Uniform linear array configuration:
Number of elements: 4
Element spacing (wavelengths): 1
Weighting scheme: exponential
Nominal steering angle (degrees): -15
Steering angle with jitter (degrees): -15.646
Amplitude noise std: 0.05
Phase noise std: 0.05

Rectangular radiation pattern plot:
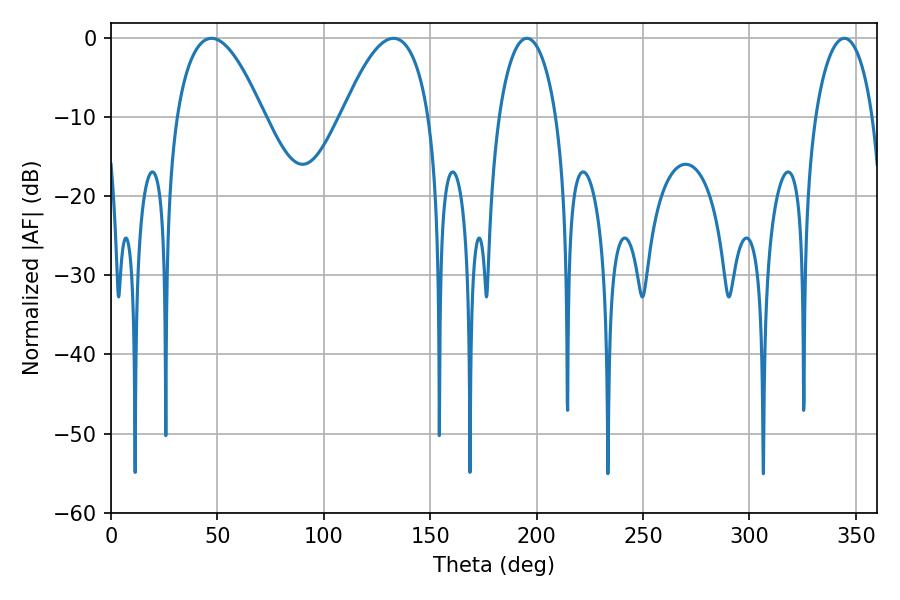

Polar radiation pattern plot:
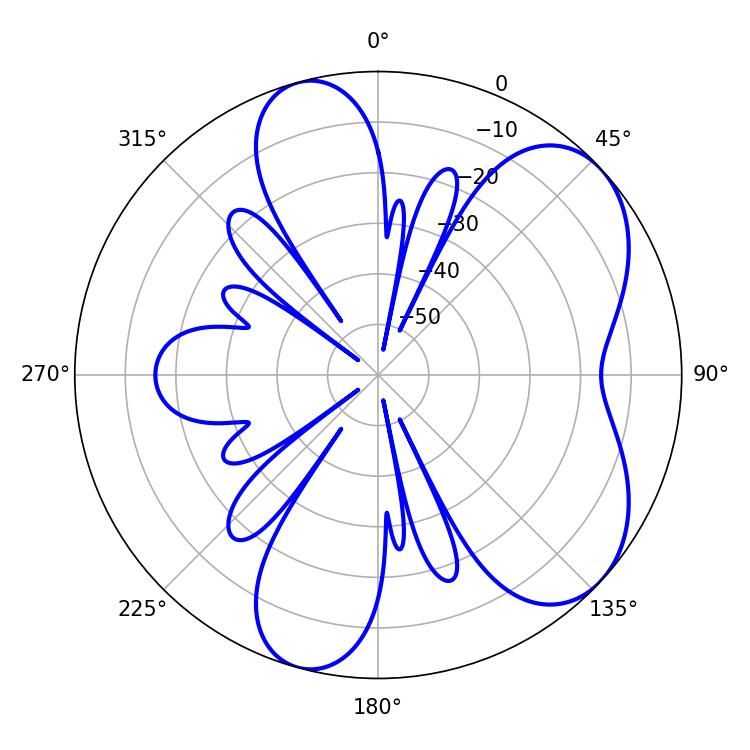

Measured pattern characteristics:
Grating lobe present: TRUE
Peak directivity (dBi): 6.132
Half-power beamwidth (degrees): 22.5
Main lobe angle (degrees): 47.16